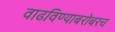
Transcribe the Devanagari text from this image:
वाढविण्याबरोबरच